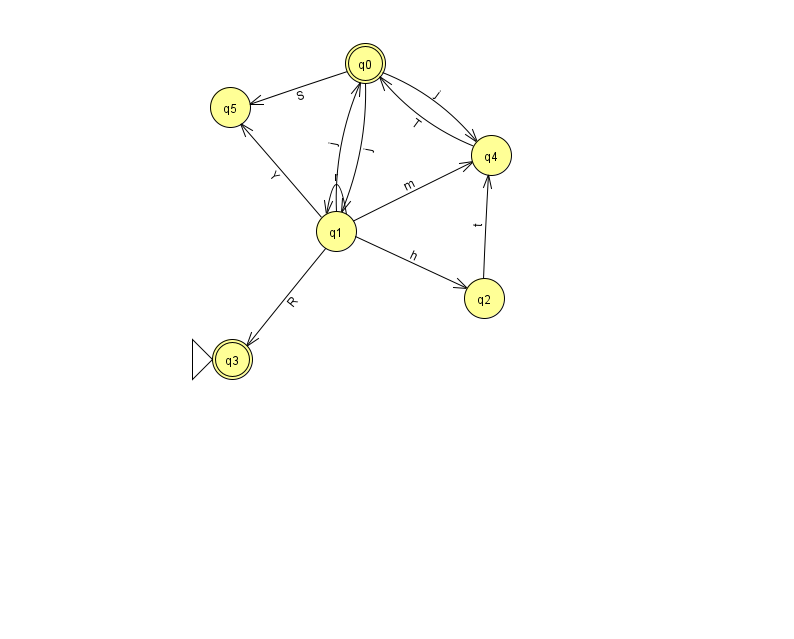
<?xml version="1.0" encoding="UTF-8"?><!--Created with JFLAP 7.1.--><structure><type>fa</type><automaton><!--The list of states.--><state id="0" name="q0"><x>365.0</x><y>50.0</y><final/></state><state id="1" name="q1"><x>336.0</x><y>218.0</y></state><state id="2" name="q2"><x>484.0</x><y>285.0</y></state><state id="3" name="q3"><x>232.0</x><y>346.0</y><initial/><final/></state><state id="4" name="q4"><x>491.0</x><y>142.0</y></state><state id="5" name="q5"><x>230.0</x><y>94.0</y></state><!--The list of transitions.--><transition><from>1</from><to>4</to><read>m</read></transition><transition><from>0</from><to>1</to><read>j</read></transition><transition><from>1</from><to>0</to><read>j</read></transition><transition><from>1</from><to>1</to><read>r</read></transition><transition><from>4</from><to>0</to><read>T</read></transition><transition><from>0</from><to>5</to><read>S</read></transition><transition><from>1</from><to>5</to><read>Y</read></transition><transition><from>1</from><to>2</to><read>h</read></transition><transition><from>1</from><to>3</to><read>R</read></transition><transition><from>2</from><to>4</to><read>t</read></transition><transition><from>0</from><to>4</to><read>j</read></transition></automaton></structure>